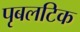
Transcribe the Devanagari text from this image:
पृबलटिक